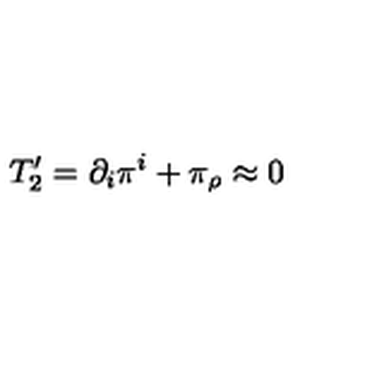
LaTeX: T _ { 2 } ^ { \prime } = \partial _ { i } \pi ^ { i } + \pi _ { \rho } \approx 0